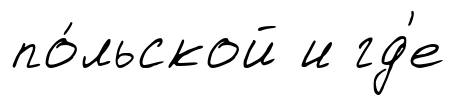
по́льской и гд'е